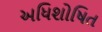
અધિશોષિત